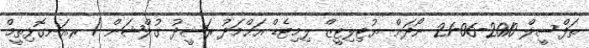
ތަފްސީލް 2010-06-21 ނޯދަން ޔުޓިލިޓީޒް ލިމިޓެޑް އަޙްމަދު ރަޝީދު ގުލްޝަން / ރ.އަނގޮޅިތީމް